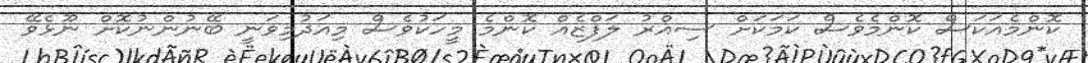
ކޮންމެއަކަސް ކޮންމެވެސް ކަމަކަށް ސިއްރު ލަފްޒެއް ކޮންމެ މީހަކުވެސް މިއަދުމިވަނީ ބޭނުންނުކޮށް ނޫޅެވޭ